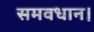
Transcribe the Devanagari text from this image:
समवधान।